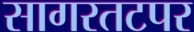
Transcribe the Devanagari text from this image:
सागरतटपर